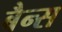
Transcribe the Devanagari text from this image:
बैन्स